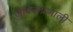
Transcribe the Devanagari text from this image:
जैविकप्रणाली